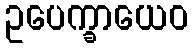
ဥပေက္ခာယေဝ